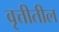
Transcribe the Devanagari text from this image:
वृत्तीतील